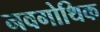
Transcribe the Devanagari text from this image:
नवगोथिक